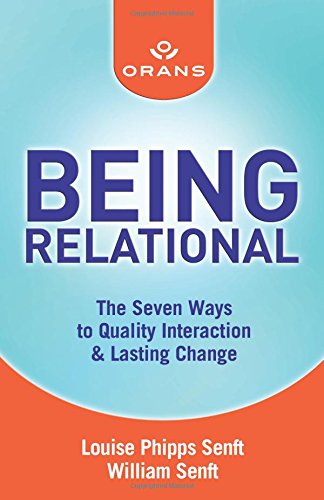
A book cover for Being Relational: The Seven Ways to Quality Interaction and Lasting Change; Louise Senft; Self-Help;